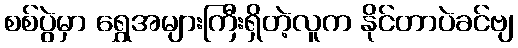
စစ်ပွဲမှာ ရွှေအများကြီးရှိတဲ့လူက နိုင်တာပဲခင်ဗျ